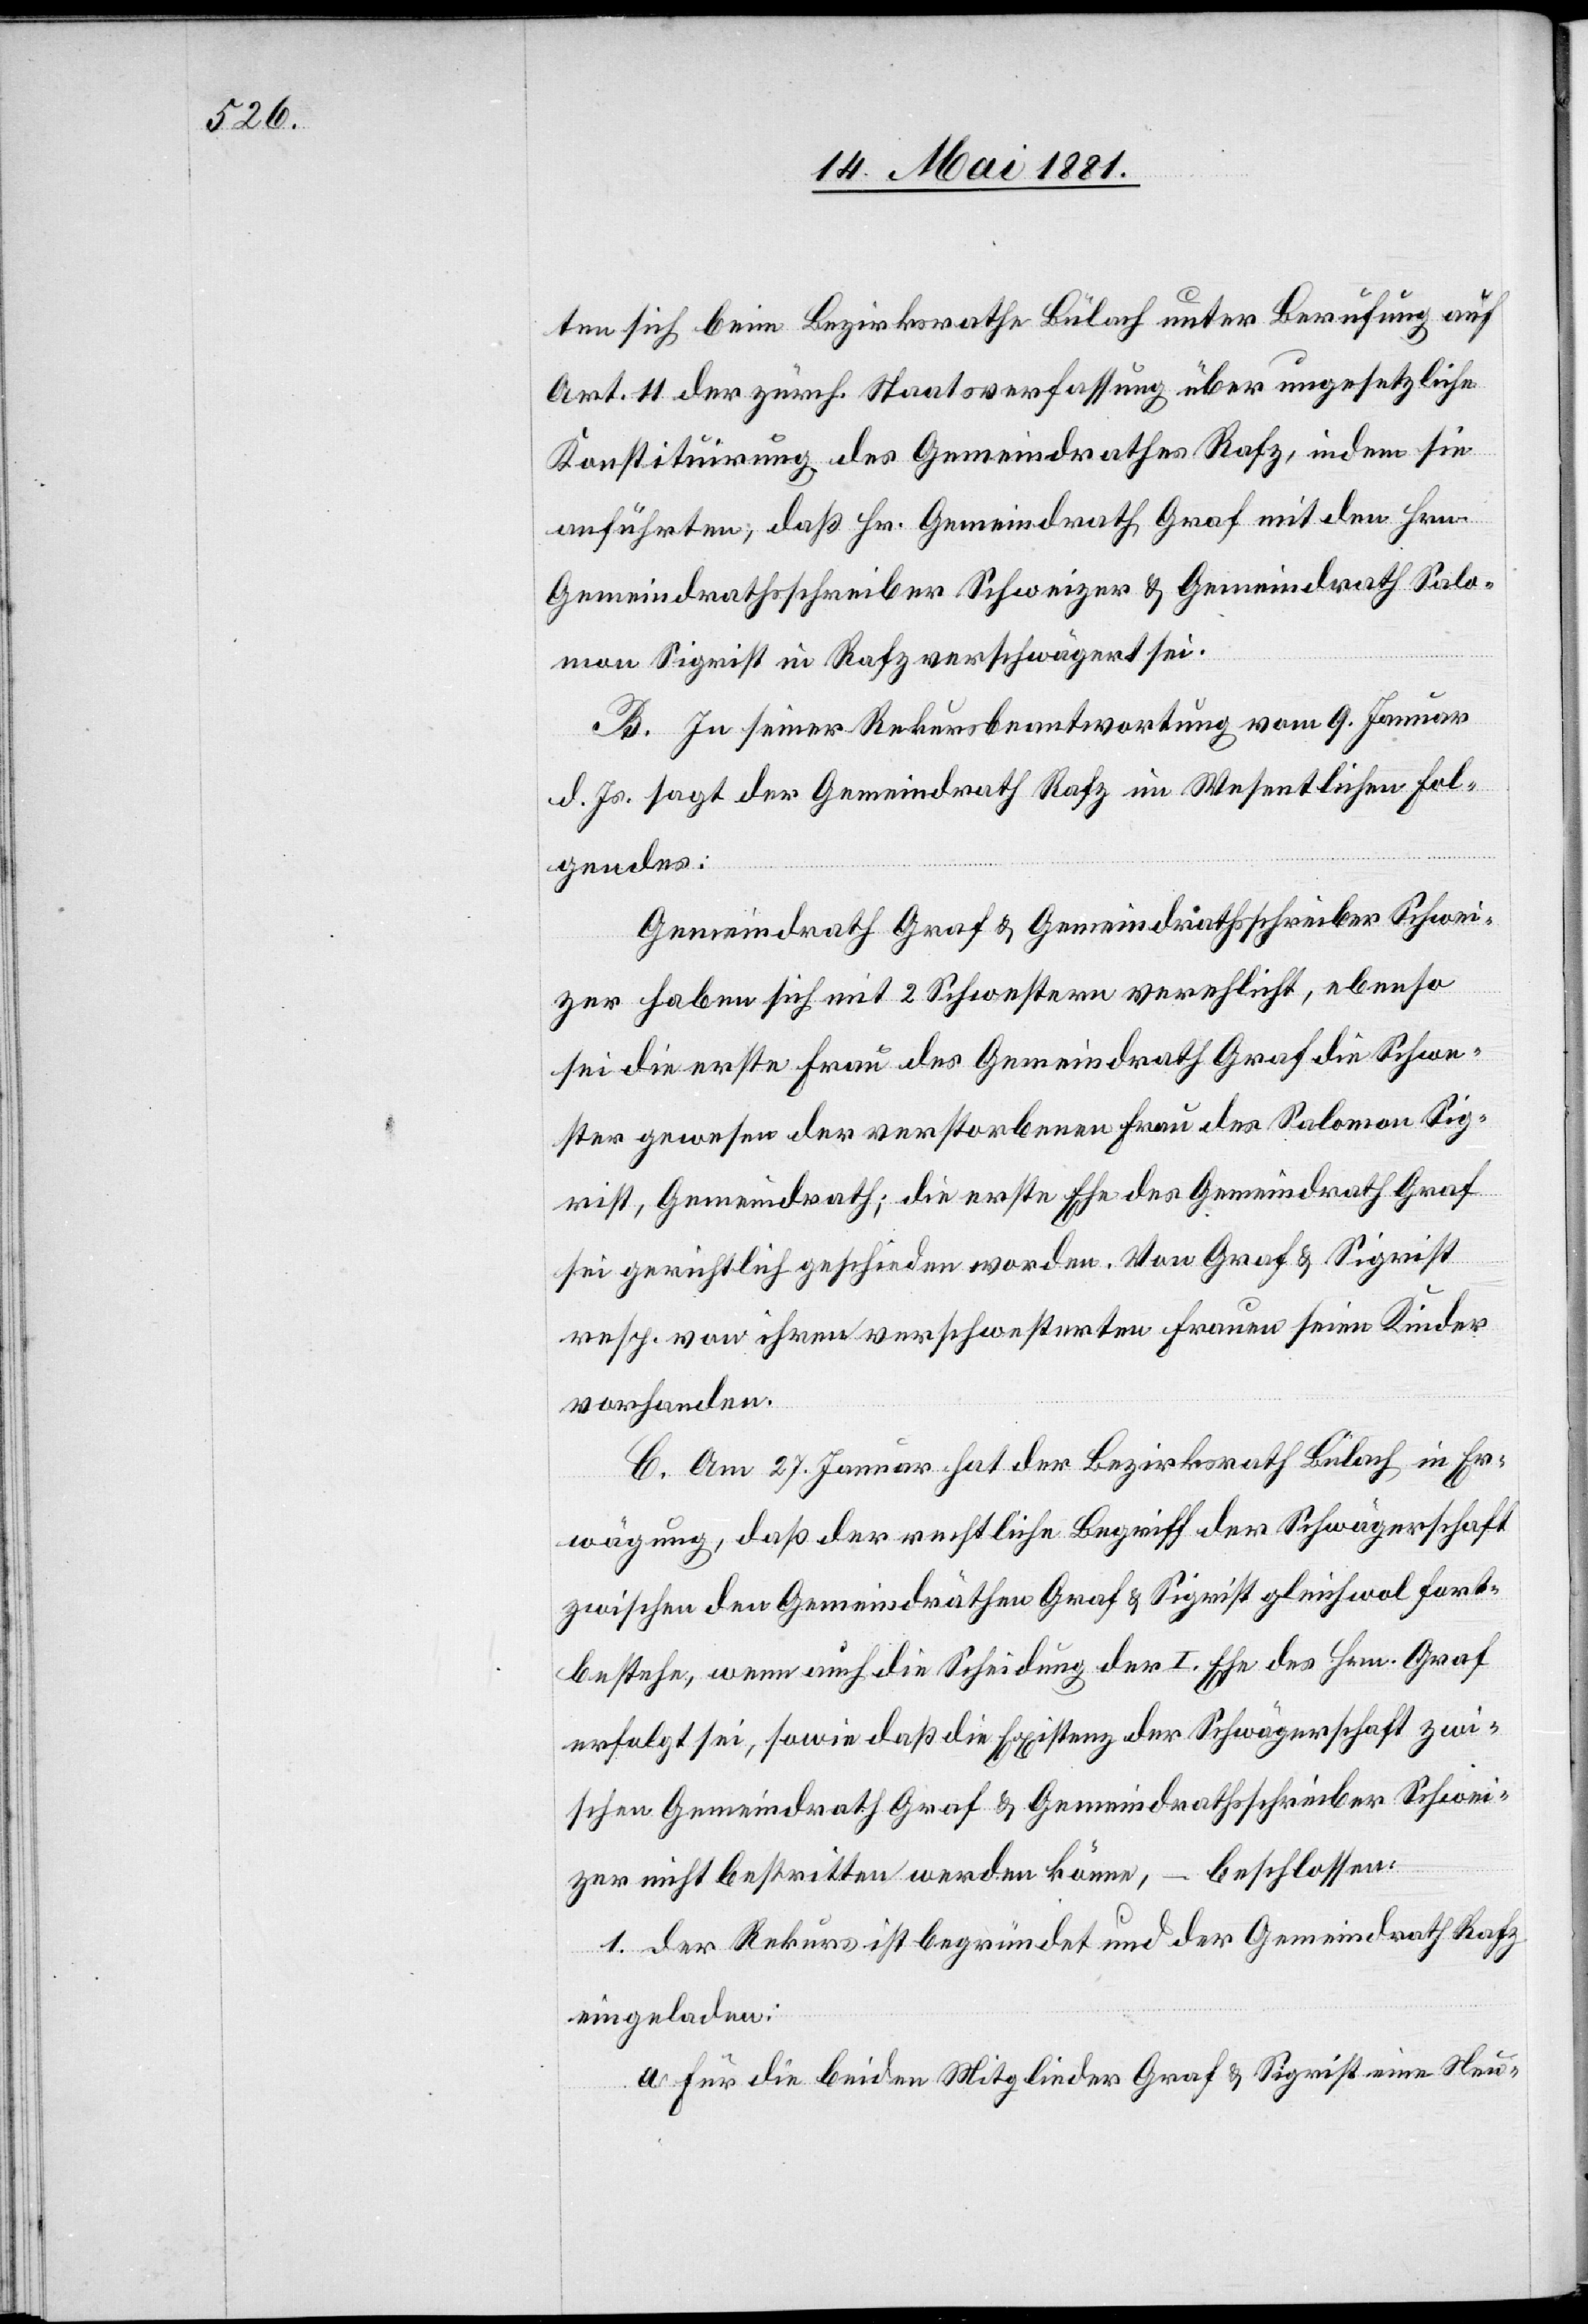
ten sich beim Bezirksrathe Bülach unter Berufung auf
Art. 11 der zürch. Staatsverfassung über ungesetzliche
Konstituirung des Gemeindrathes Rafz, indem sie
anführten, daß Hr. Gemeindrath Graf mit den Hrn.
Gemeindrathsschreiber Schweizer & Gemeindrath Salo¬
mon Sigrist in Raft verschwägert sei.
B. In seiner Rekursbeantwortung vom 9. Januar
d. Js. sagt der Gemeindrath Rafz im Wesentlichen fol¬
gendes:
Gemeindrath Graf & Gemeindrathsschreiber Schwei¬
zer haben sich mit 2 Schwestern verehlicht, ebenso
sei die erste Frau des Gemeindrath Graf die Schwe¬
ster gewesen der verstorbenen Frau des Salomon Sig¬
rist, Gemeindrath; die erste Ehe des Gemeindrath Graf
sei gerichtlich geschieden worden. Von Graf & Sigrist
resp. von ihren verschwesterten Frauen seien Kinder
vorhanden.
C. Am 27. Januar hat der Bezirksrath Bülach in Er¬
wägung, daß der rechtliche Begriff der Schwägerschaft
zwischen den Gemeindräthen Graf & Sigrist gleichwol fort¬
bestehe, wenn auch die Scheidung der I. Ehe des Hrn. Graf
erfolgt sei, sowie daß die Existenz der Schwägerschaft zwi¬
schen Gemeindrath Graf & Gemeindrathsschreiber Schwei¬
zer nicht bestritten werden könne, – beschlossen:
1. der Rekurs ist begründet und der Gemeindrath Rafz
eingeladen:
a. für die beiden Mitglieder Graf & Sigrist eine Neu-